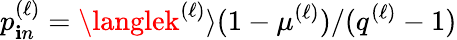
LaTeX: p_{\mathbf{i}n}^{(\ell)}=\langlek^{(\ell)}\rangle(1-\mu^{(\ell)})/(q^{(\ell)}-1)